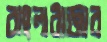
বাংলাবাজার